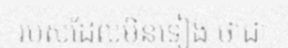
របស់ដែលមិនទៀង ថាជា